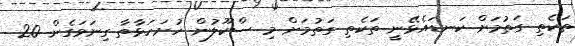
ތަކެތި ގަތުމަށް ކަނޑައެޅޭނީ ތަކެތި ގަތުމަށް މި ސްކޫލުން ހުށަހަޅާތާ ގިނަވަގެން 20